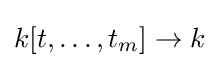
k[t,\dots ,t_{m}]\to k